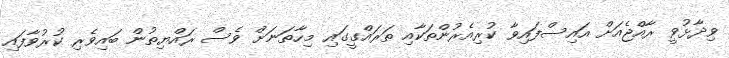
ވިދާޅުވީ ރާއްޖެއަށް އައިސްފައިވާ ކުރިއެރުންތަކާއި ތަރައްގީގައި މިހާތަނަށް ވެސް ރައްޔިތުން ބައިވެރި ކުރުވާފައިި